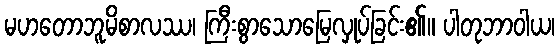
မဟတောဘူမိစာလဿ၊ ကြီးစွာသောမြေလှုပ်ခြင်း၏။ ပါတုဘာဝါယ၊